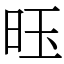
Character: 𫞂